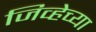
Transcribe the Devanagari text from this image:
जिव्हेच्या